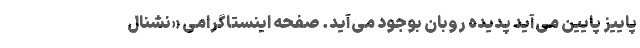
پاییز پایین می‌آید پدیده روبان بوجود می‌آید. صفحه اینستاگرامی «نشنال